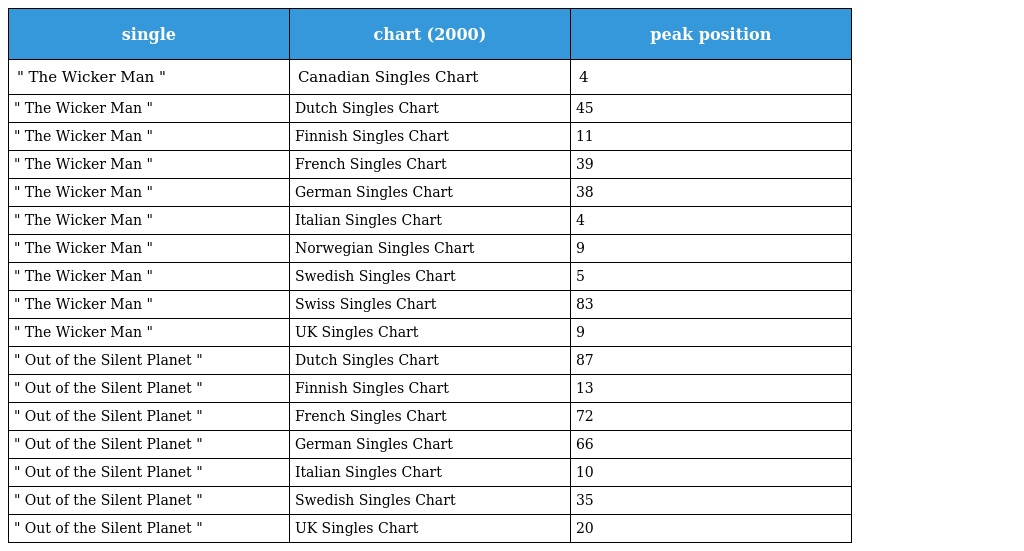
| single | chart (2000) | peak position |
 | --- | --- | --- |
 | " The Wicker Man " | Canadian Singles Chart | 4 |
 | " The Wicker Man " | Dutch Singles Chart | 45 |
 | " The Wicker Man " | Finnish Singles Chart | 11 |
 | " The Wicker Man " | French Singles Chart | 39 |
 | " The Wicker Man " | German Singles Chart | 38 |
 | " The Wicker Man " | Italian Singles Chart | 4 |
 | " The Wicker Man " | Norwegian Singles Chart | 9 |
 | " The Wicker Man " | Swedish Singles Chart | 5 |
 | " The Wicker Man " | Swiss Singles Chart | 83 |
 | " The Wicker Man " | UK Singles Chart | 9 |
 | " Out of the Silent Planet " | Dutch Singles Chart | 87 |
 | " Out of the Silent Planet " | Finnish Singles Chart | 13 |
 | " Out of the Silent Planet " | French Singles Chart | 72 |
 | " Out of the Silent Planet " | German Singles Chart | 66 |
 | " Out of the Silent Planet " | Italian Singles Chart | 10 |
 | " Out of the Silent Planet " | Swedish Singles Chart | 35 |
 | " Out of the Silent Planet " | UK Singles Chart | 20 |